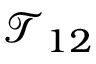
\mathcal { T } _ { 1 2 }